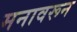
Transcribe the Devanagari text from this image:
मनावरून